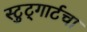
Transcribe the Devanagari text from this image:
स्टुट्गार्टचा